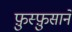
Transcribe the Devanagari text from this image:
फ़ुस्फ़ुसाने